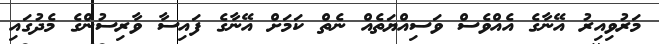
މަރުވިއިރު އޭނާގެ އެއްވެސް ވަސިއްޔަތެއް ނެތް ކަމަށް އޭނާގެ ފައިސާ ވާރިސުންގެ މެދުގައި